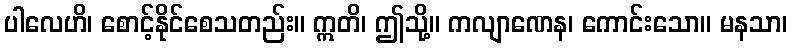
ပါလေဟိ၊ စောင့်နိုင်စေသတည်း။ ဣတိ၊ ဤသို့။ ကလျာဏေန၊ ကောင်းသော။ မနသာ၊